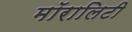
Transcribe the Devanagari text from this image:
मॉरालिटी